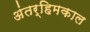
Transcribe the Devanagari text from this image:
अंतर्हिमकाल